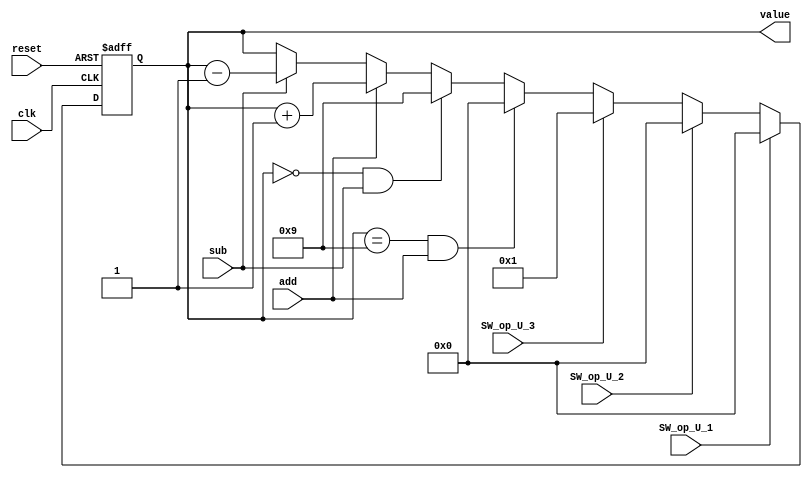
module setting_hr_counter(
    output [3:0] value,
    input clk,
    input reset,
    input add,
    input sub,
    input SW_op_U_1, 
    input SW_op_U_2,
    input SW_op_U_3
    );
    
reg [3:0] value;
reg [3:0] value_tmp;
    
always @(value or add or sub)
begin
    if (value == 4'd9 && add)
        value_tmp = 4'd0;
    else if (value == 4'd0 && sub)
        value_tmp = 4'd9;
    else if (add)
        value_tmp = value + 4'd1;
    else if (sub)
        value_tmp = value - 4'd1;
    else
        value_tmp = value;
end
   
always @(posedge clk or negedge reset)
begin
    if(~reset)
        value <= 4'd0;
    else if(SW_op_U_1)
        value <= 4'd0;
    else if(SW_op_U_2)
        value <= 4'd0;
    else if(SW_op_U_3)
        value <= 4'd1;
    else
        value <= value_tmp;
end

endmodule